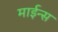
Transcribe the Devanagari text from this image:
माईन्स